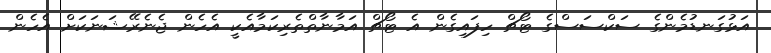
އަޅުގަނޑުމެންގެ ސަކްސަސްގެ ޓޯޗް ހިފައިގެން އެ ޓޯޗް އަމާނާތްތެރިކަމާއެކީ އެހެން ޖެނެރޭޝަނަކަށް އެހެން